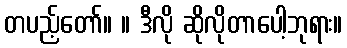
တပည့်တော်။ ။ ဒီလို ဆိုလိုတာပေါ့ဘုရား။